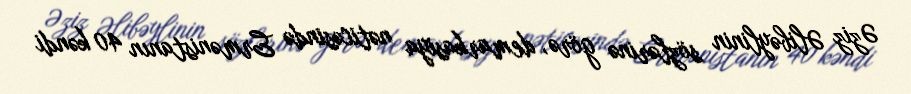
Əziz Əlibəylinin sözlərinə görə, demarkasiya nəticəsində Ermənistanın 40 kəndi